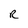
Character: R